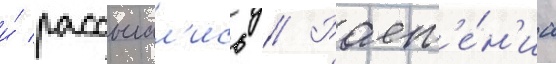
и́ рассыпал'ись // Раст'е́н'иа